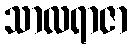
သာလရာဇာ